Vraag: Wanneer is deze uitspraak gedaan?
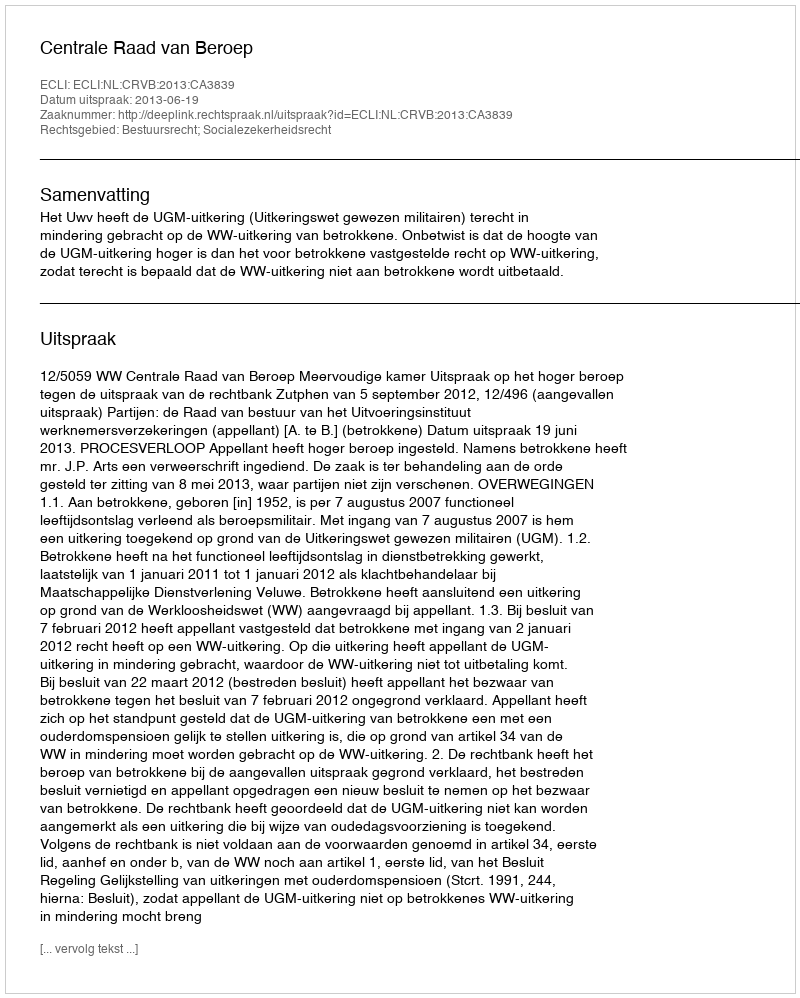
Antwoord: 2013-06-19